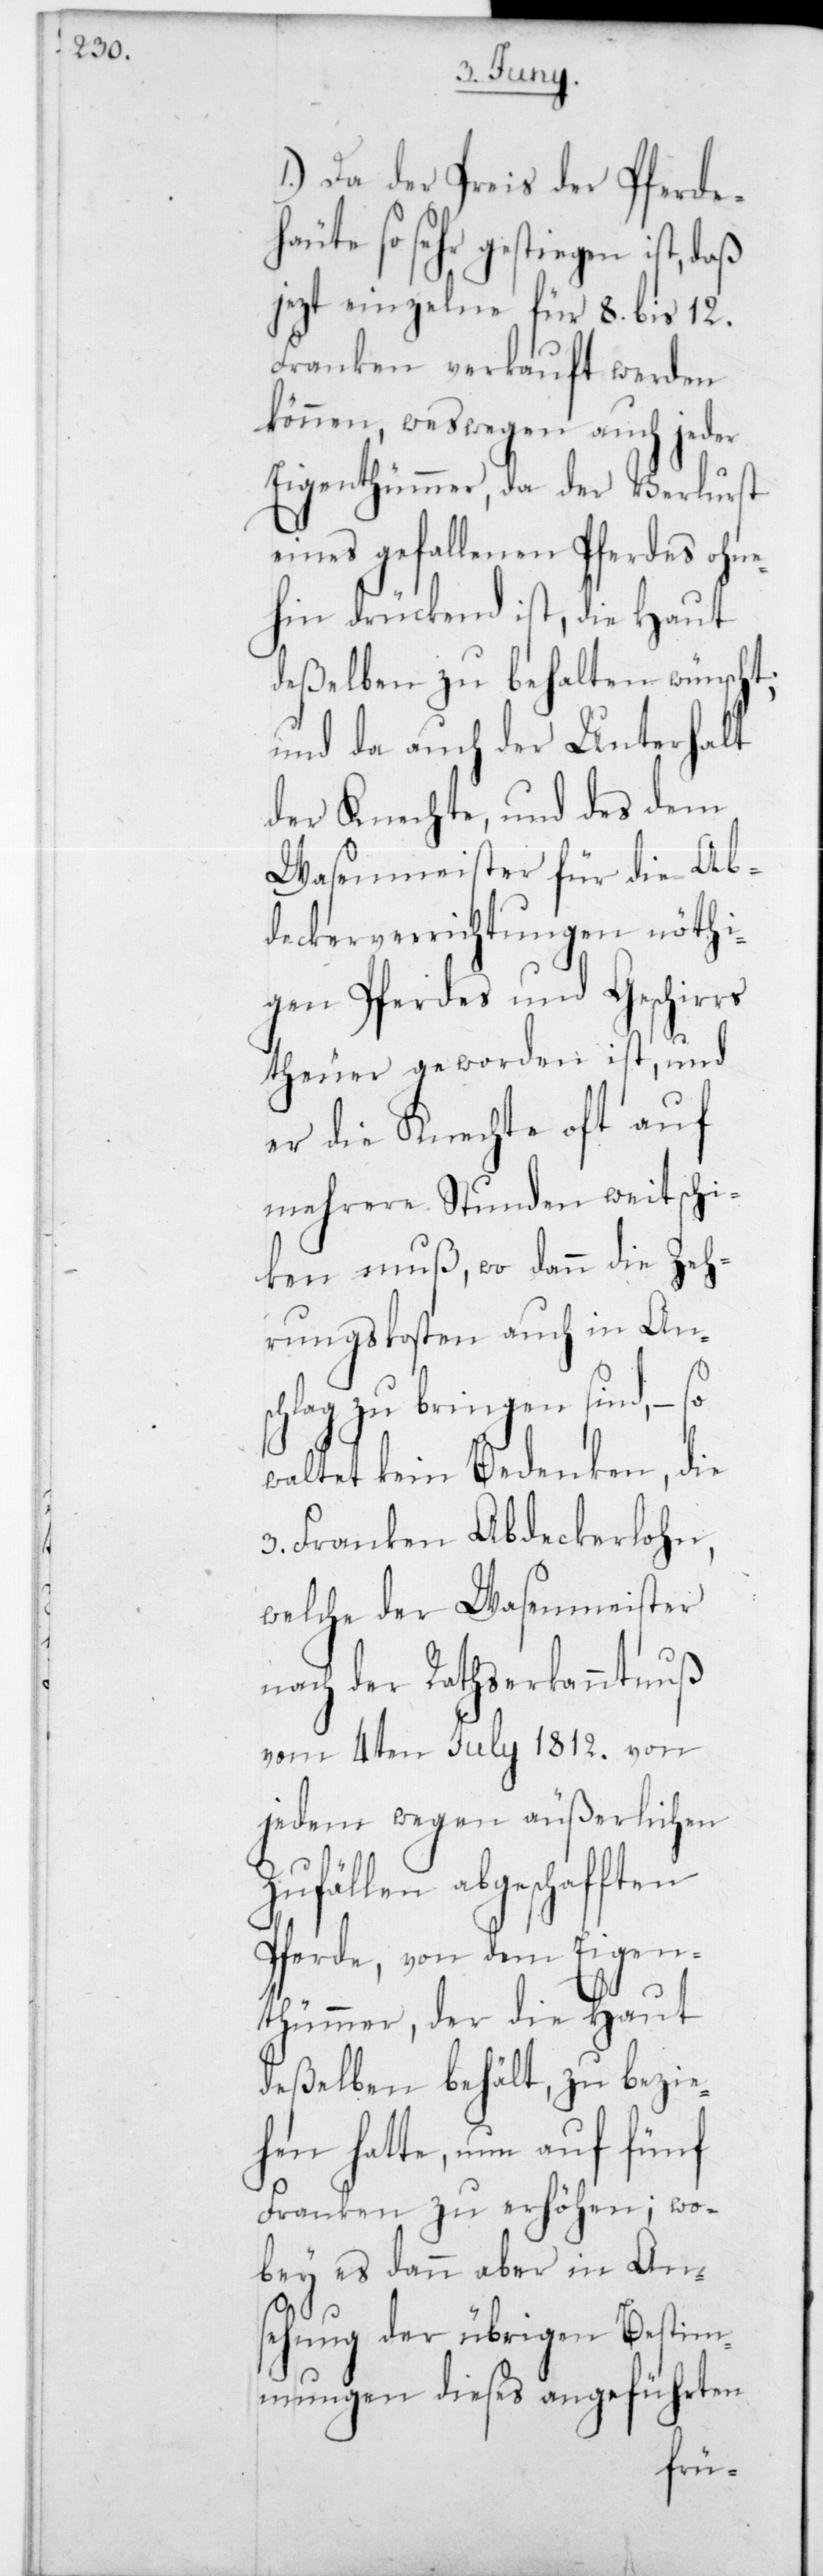
1.) Da der Preis der Pferde¬
häute so sehr gestiegen ist, daß
jetzt einzelne für 8 bis 12
Franken verkauft werden
können, weßwegen auch jeder
Eigenthümmer, da der Verlust
eines gefallenen Pferdes ohne¬
hin drückend ist, die Haut
deßelben zu behalten wünscht,
und da auch der Unterhalt
der Knechte, und des dem
Wasenmeister für die Ab¬
deckerverrichtungen nöthi¬
gen Pferdes und Geschirrs
teuer geworden ist, und
er die Knechte oft auf
mehrere Stunden weit schi¬
cken muß, wo dann die Zeh¬
rungskosten auch in Ans¬
chlag zu bringen sind, – so
waltet kein Bedenken, die
3 Franken Abdeckerlohn,
welche der Wasenmeister
nach der Rathserkanntnuß
vom 4ten Julii 1812 von
jedem wegen äußerlichen
Zufällen abgeschafften
Pferde, von dem Eigen¬
thümmer, der die Haut
deßelben behält, zu bezie¬
hen hatte, um auf fünf
Franken zu erhöhen; wo¬
bey es dann aber in An¬
sehung der übrigen Bestimm¬
ungen dieses angeführten